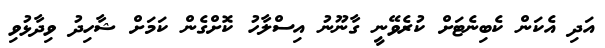
އަދި އެކަން ކެބިނެޓަށް ކުރެވޭނީ ގާނޫނު އިސްލާހު ކޮށްގެން ކަމަށް ޝާހިދު ވިދާޅުވި